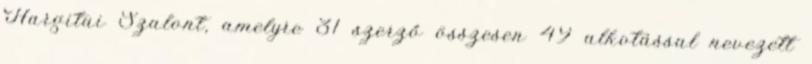
Hargitai Szalont, amelyre 31 szerző összesen 49 alkotással nevezett